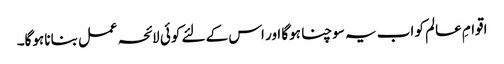
اقوامِ عالم کو اب یہ سوچنا ہوگا اور اس کے لئے کوئی لائحہ عمل بنانا ہوگا۔